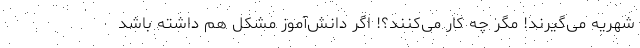
شهریه می‌گیرند! مگر چه کار می‌کنند؟! اگر دانش‌آموز مشکل هم داشته باشد